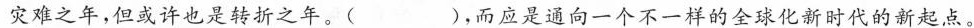
灾难之年，但或许也是转折之年。( )，而应是通向一个不一样的全球化新时代的新起点。